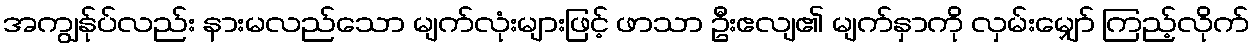
အကျွန်ုပ်လည်း နားမလည်သော မျက်လုံးများဖြင့် ဖာသာ ဦးဧလျ၏ မျက်နှာကို လှမ်းမျှော် ကြည့်လိုက်